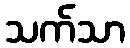
သက်သာ